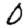
Digit: 0